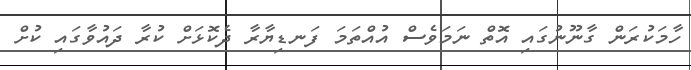
ހާމަކުރަން ގާނޫނުގައި އޮތް ނަމަވެސް އުއްތަމަ ފަނޑިޔާރާ ދެކޮޅަށް ކުރާ ދައުވާގައި ކުށް